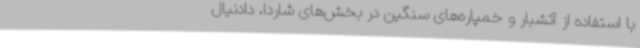
با استفاده از آتشبار و خمپاره‌های سنگین در بخش‌های شاردا، دادنیال